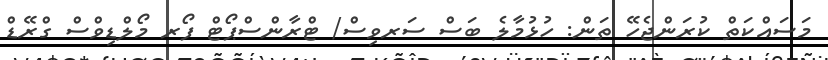
މަސައްކަތް ކުރަންޖެހޭ ތަން: ހުޅުމާލެ ބަސް ސަރވިސް/ ޓްރާންސްޕޯޓް ފޯރ މޯލްޑިވްސް ގްރޭޑް